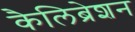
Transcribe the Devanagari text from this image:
कैलिब्रेशन